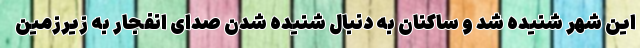
این شهر شنیده شد و ساکنان به دنبال شنیده شدن صدای انفجار به زیرزمین